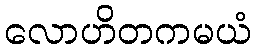
လောဟိတကမယံ